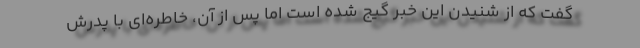
گفت که از شنیدن این خبر گیج شده است اما پس از آن، خاطره‌ای با پدرش